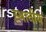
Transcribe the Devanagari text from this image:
स्थानीय